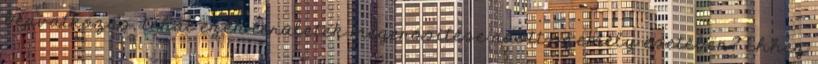
beavatkozás, tehát ezen területek megerősítése adott személy esetében? Ehhez